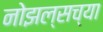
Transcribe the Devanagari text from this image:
नोझल्सच्या